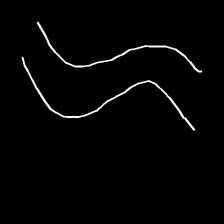
Glyph: float